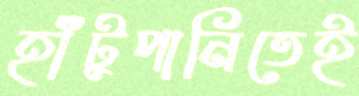
হাঁটুপানিতেই